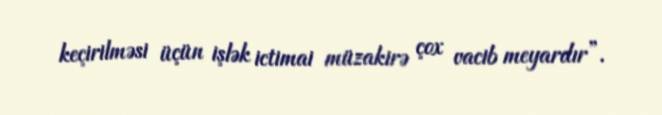
keçirilməsi üçün işlək ictimai müzakirə çox vacib meyardır”.